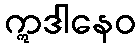
ဣဒါနေဝ